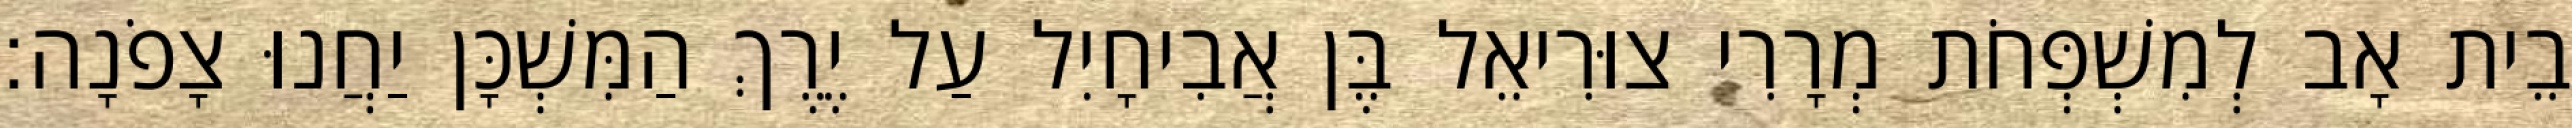
בֵית אָב לְמִשְׁפְּחֹת מְרָרִי צוּרִיאֵל בֶּן אֲבִיחָיִל עַל יֶרֶךְ הַמִּשְׁכָּן יַחֲנוּ צָפֹנָה׃